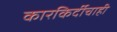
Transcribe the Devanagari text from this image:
कारकिर्दीचाही